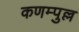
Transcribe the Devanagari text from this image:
कणम्पुल्ल